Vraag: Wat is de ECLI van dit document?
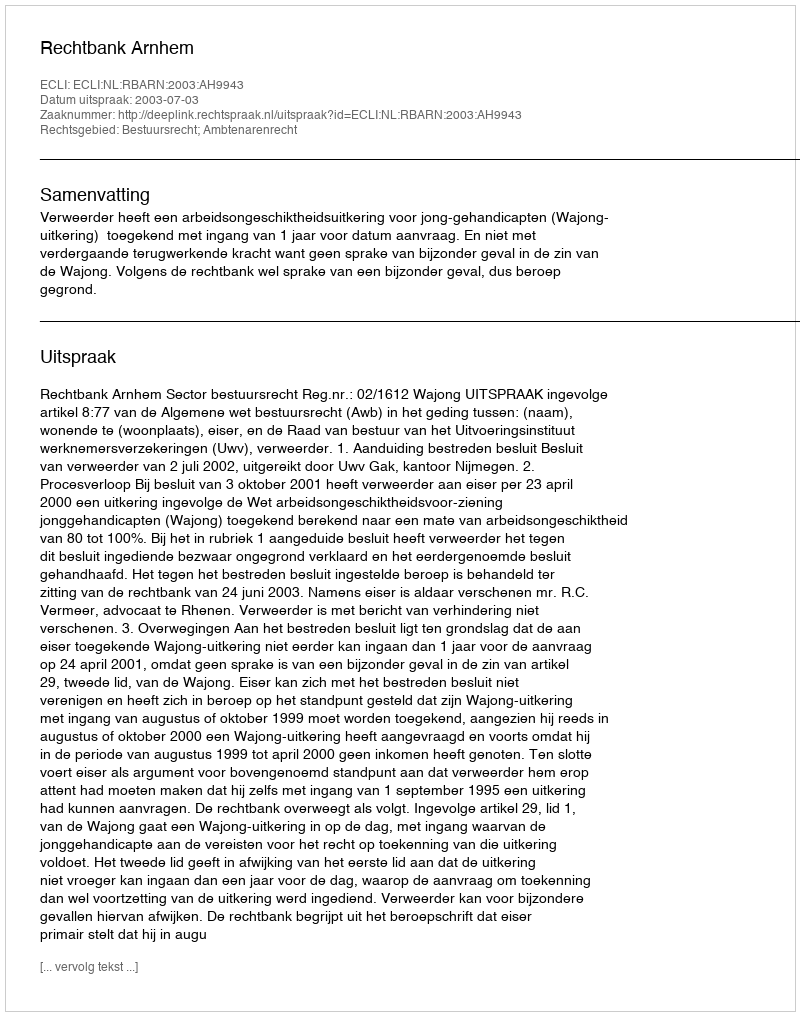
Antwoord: ECLI:NL:RBARN:2003:AH9943